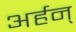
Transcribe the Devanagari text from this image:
अर्हन्